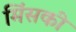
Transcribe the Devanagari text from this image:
मिंसकी